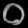
Digit: ၀